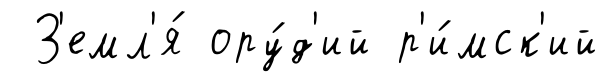
З'емл'я́ ору́д'ий р'и́мск'ий